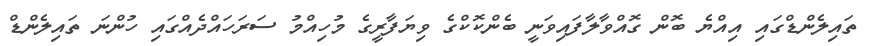
ތައިލެންޑްގައި އިއްޔެ ބޮން ގޮއްވާލާފައިވަނީ ބެންކޮކްގެ ވިޔަފާރީގެ މުހިއްމު ސަރަހައްދެއްގައި ހުންނަ ތައިލެންޑް